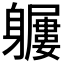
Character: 𨊖